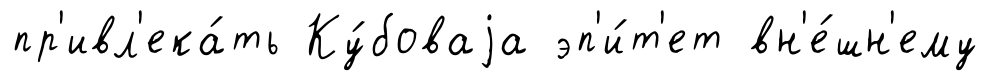
пр'ивл'ека́ть Ку́боваjа эп'и́т'ет вн'е́шн'ему